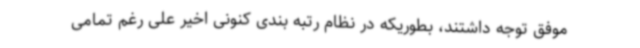
موفق توجه داشتند، بطوریکه در نظام رتبه بندی کنونی اخیر علی رغم تمامی